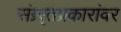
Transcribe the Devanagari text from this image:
संग्र्र्तप्रकारांवर